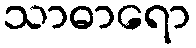
သာဓာရော